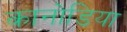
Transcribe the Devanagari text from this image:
कानोडिया